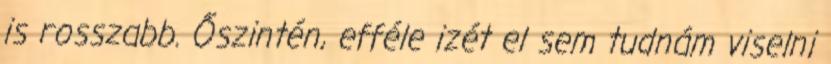
is rosszabb. Őszintén, efféle izét el sem tudnám viselni